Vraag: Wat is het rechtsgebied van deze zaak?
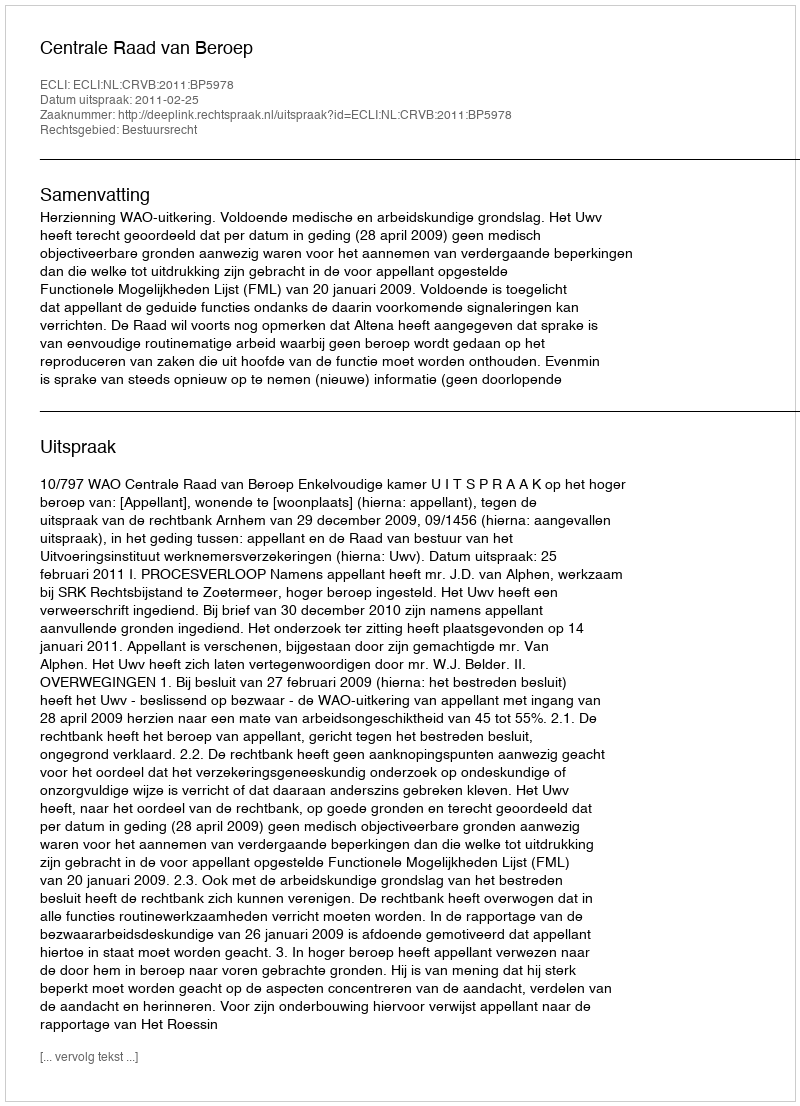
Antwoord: Bestuursrecht